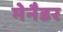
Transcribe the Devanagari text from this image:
मेनैडर